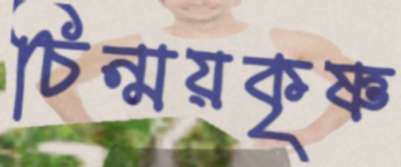
চিন্ময়কৃষ্ণ